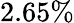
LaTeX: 2.65\%